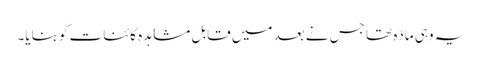
یہ وہی مادّہ تھا جس نے بعد میں قابل مشاہدہ کائنات کو بنایا۔